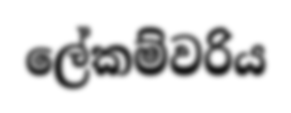
ලේකම්වරිය